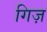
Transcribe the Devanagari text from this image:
गिज़